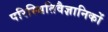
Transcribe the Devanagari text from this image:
परिस्थितिवैज्ञानिकों